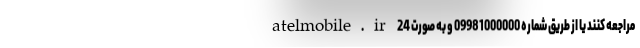
atelmobile.ir مراجعه کنند یا از طریق شماره 09981000000 و به صورت 24